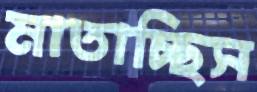
মাতাচ্ছিস